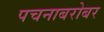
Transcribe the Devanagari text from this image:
पचनाबरोबर